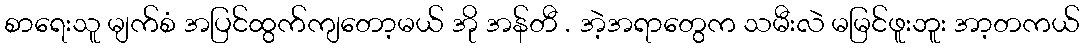
စာရေးသူ မျက်စံ အပြင်ထွက်ကျတော့မယ် အို အန်တီ . အဲ့အရာတွေက သမီးလဲ မမြင်ဖူးဘူး အာ့တကယ်